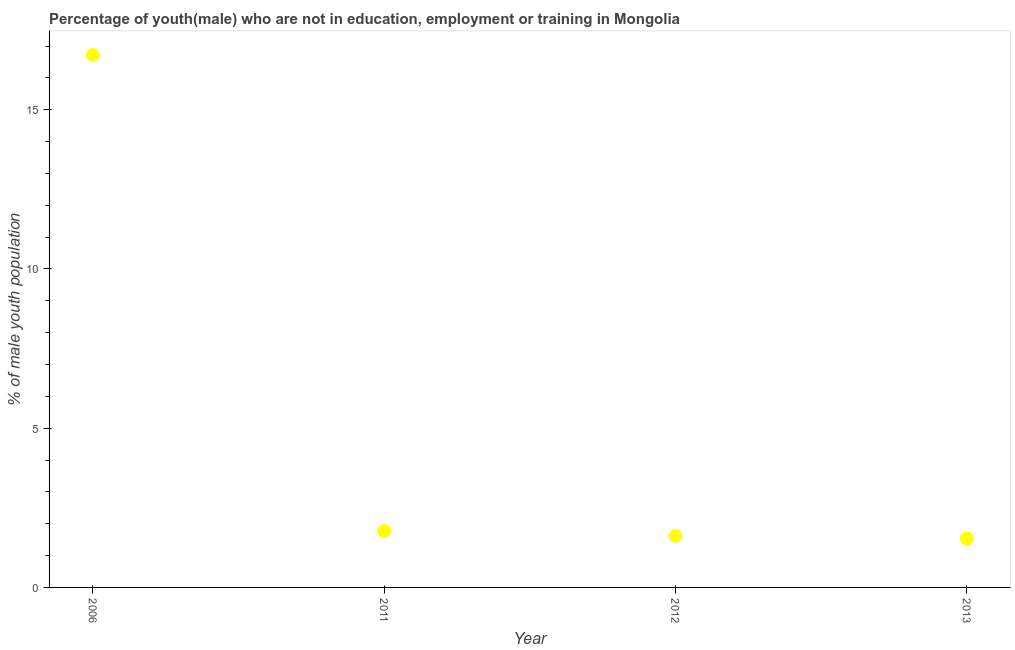
| Year | Unemployed(male) |
 | --- | --- |
 | 2006 | 16.7 |
 | 2011 | 1.77 |
 | 2012 | 1.62 |
 | 2013 | 1.54 |